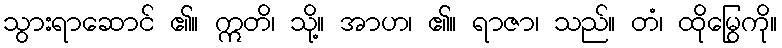
သွားရာဆောင် ၏။ ဣတိ၊ သို့။ အာဟ၊ ၏။ ရာဇာ၊ သည်။ တံ၊ ထိုမြွေကို။